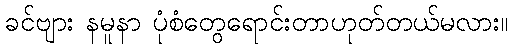
ခင်ဗျား နမူနာ ပုံစံတွေရောင်းတာဟုတ်တယ်မလား။